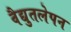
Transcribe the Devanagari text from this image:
वैद्युतलेपन